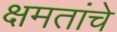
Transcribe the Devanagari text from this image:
क्षमतांचे